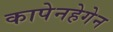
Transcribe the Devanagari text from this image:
कापेनहेगेन